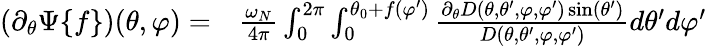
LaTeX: \begin{array}{rl}{(\partial_{\theta}\Psi\{ f\} )(\theta,\varphi)=}&{{}\frac{\omega_{N}}{4\pi}\int_{0}^{2\pi}\int_{0}^{\theta_{0}+f(\varphi^{\prime})}\frac{\partial_{\theta}D(\theta,\theta^{\prime},\varphi,\varphi^{\prime})\sin(\theta^{\prime})}{D(\theta,\theta^{\prime},\varphi,\varphi^{\prime})}d\theta^{\prime}d\varphi^{\prime}}\end{array}